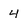
Character: 4